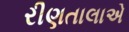
રીણતાલાએ